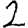
Digit: 2